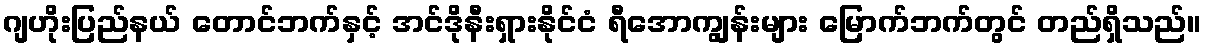
ဂျဟိုးပြည်နယ် တောင်ဘက်နှင့် အင်ဒိုနီးရှားနိုင်ငံ ရီအောကျွန်းများ မြောက်ဘက်တွင် တည်ရှိသည်။